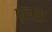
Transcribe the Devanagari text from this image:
प्लश